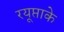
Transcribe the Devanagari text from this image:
रयूप्ताके